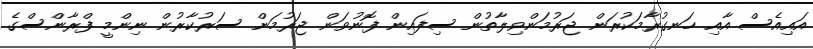
އައިއެސް އާއި ހަނގުރާމަކުރަން ޖަރުމަންވިލާތުން ސިފައިން ފޮނުވަން ޖަރުމަން ސަރުކާރުން ނިންމީ ފްރާންސްގެ